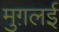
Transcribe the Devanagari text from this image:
मुग़लई